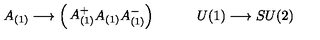
A _ { ( 1 ) } \longrightarrow \left( \begin{matrix} { A _ { ( 1 ) } ^ { + } } \\ { A _ { ( 1 ) } } \\ { A _ { ( 1 ) } ^ { - } } \\ \end{matrix} \right) \qquad \quad U ( 1 ) \longrightarrow S U ( 2 )